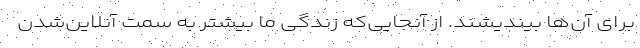
برای آن‌ها بیندیشند. از آنجایی‌که زندگی ما بیشتر به سمت آنلاین‌شدن